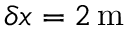
\delta x = 2 \mathrm { \, m }